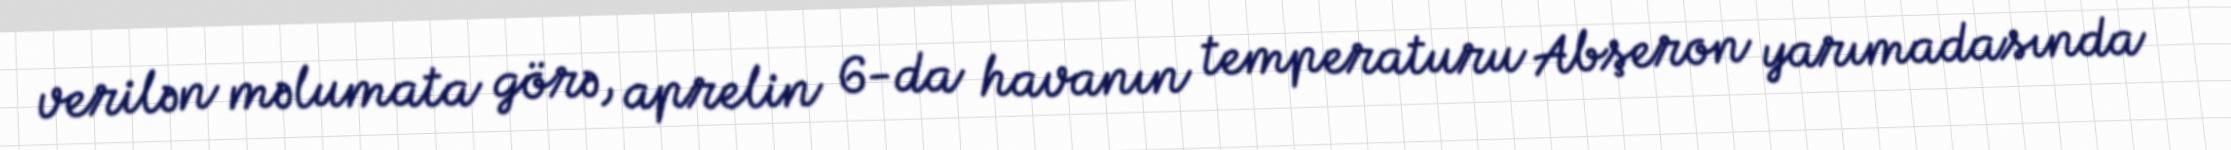
verilən məlumata görə, aprelin 6-da havanın temperaturu Abşeron yarımadasında